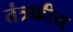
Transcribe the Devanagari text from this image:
तंत्रकीय